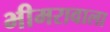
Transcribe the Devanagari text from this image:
भीमरावाला